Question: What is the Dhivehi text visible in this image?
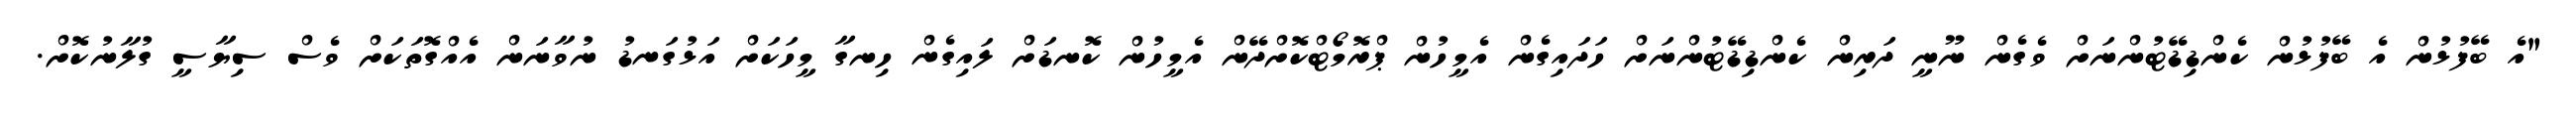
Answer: "އެ ބޭފުޅުން އެ ބޭފުޅުން ކެންޑިޑޭޓުންނަށް ވެގެން ނޫނީ ދަރިން ކެންޑިޑޭޓުންނަށް ހަދައިގެން އެމީހުން ޕްރޮމޯޓްކޮށްދޭން އެމީހުން ކޮނޑަށް ލައިގެން ހިނގާ މީހަކަށް އަޅުގަނޑު ނުވާނަން އެއްގޮތަކަށް ވެސް ސިޔާސީ ގުލާނުކޮށް.